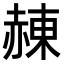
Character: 𧹩